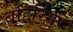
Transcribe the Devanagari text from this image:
बोहरिंगर